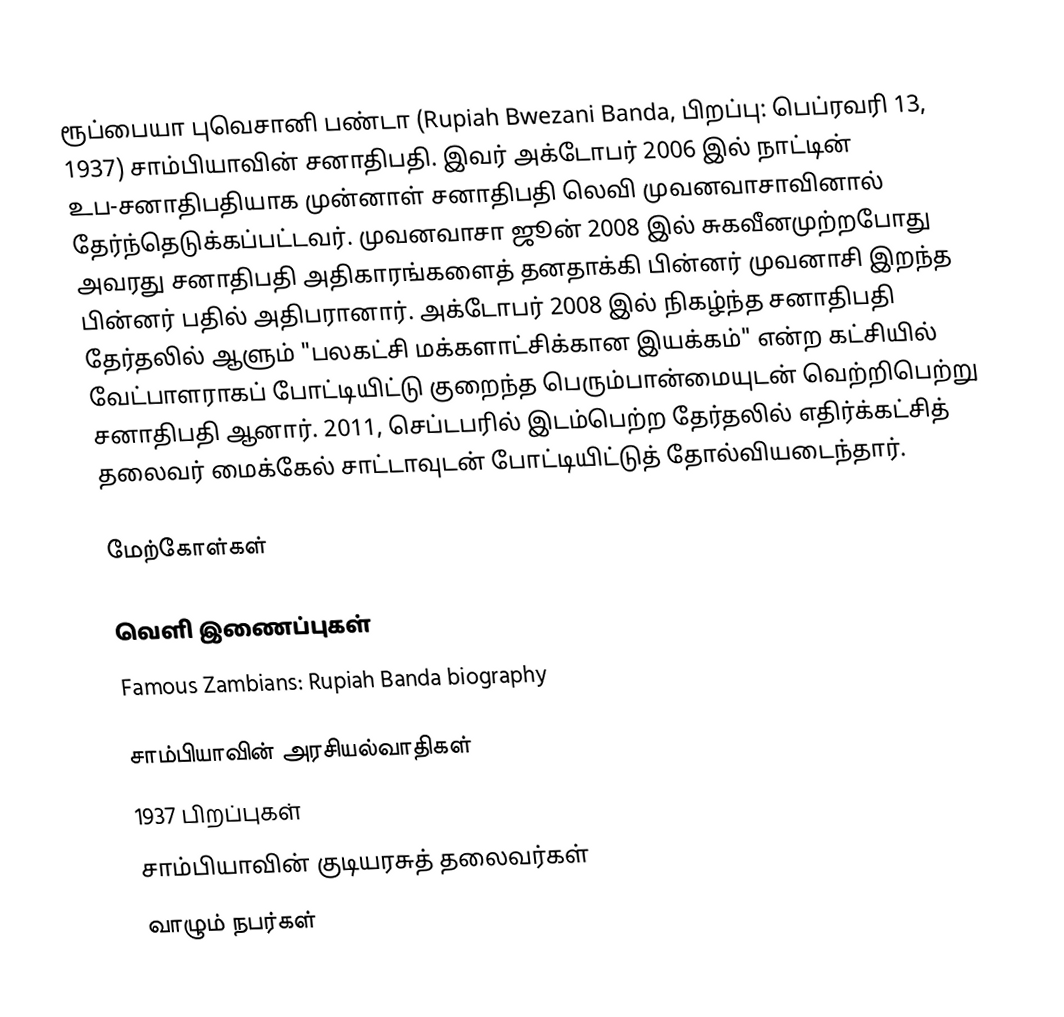
ரூப்பையா புவெசானி பண்டா (Rupiah Bwezani Banda, பிறப்பு: பெப்ரவரி 13, 1937) சாம்பியாவின் சனாதிபதி. இவர் அக்டோபர் 2006 இல் நாட்டின் உப-சனாதிபதியாக முன்னாள் சனாதிபதி லெவி முவனவாசாவினால் தேர்ந்தெடுக்கப்பட்டவர். முவனவாசா ஜூன் 2008 இல் சுகவீனமுற்றபோது அவரது சனாதிபதி அதிகாரங்களைத் தனதாக்கி பின்னர் முவனாசி இறந்த பின்னர் பதில் அதிபரானார். அக்டோபர் 2008 இல் நிகழ்ந்த சனாதிபதி தேர்தலில் ஆளும் "பலகட்சி மக்களாட்சிக்கான இயக்கம்" என்ற கட்சியில் வேட்பாளராகப் போட்டியிட்டு குறைந்த பெரும்பான்மையுடன் வெற்றிபெற்று சனாதிபதி ஆனார். 2011, செப்டபரில் இடம்பெற்ற தேர்தலில் எதிர்க்கட்சித் தலைவர் மைக்கேல் சாட்டாவுடன் போட்டியிட்டுத் தோல்வியடைந்தார்.

மேற்கோள்கள்

வெளி இணைப்புகள்
 Famous Zambians: Rupiah Banda biography

சாம்பியாவின் அரசியல்வாதிகள்
1937 பிறப்புகள்
சாம்பியாவின் குடியரசுத் தலைவர்கள்
வாழும் நபர்கள்